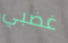
غضبي